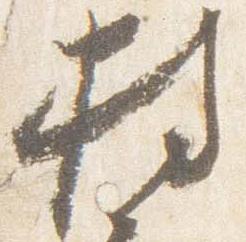
持